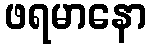
ဖရမာနော